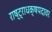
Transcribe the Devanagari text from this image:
राष्ट्राधक्षपदावर